Report on sanitation, dispensaries, and jails in Rajputana for 1915, and on vaccination for the year 1915-1916 - 1915-1916
Year: 1915
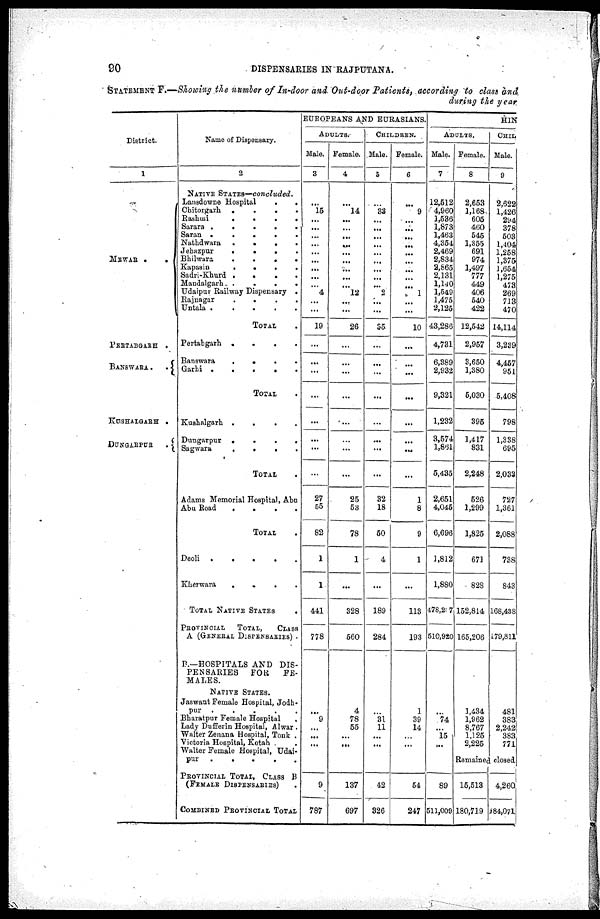
90
DISPENSARIES IN RAJPUTANA.
STATEMENT F.—Showing the number of In-door and Out-door Patients, according to class and
during the year
District.
1
MEWAR
.
.
PERTABGARH .
BANSWARA
. .
KUSHALGARH .
DUNGARPUR
.
Name of Dispensary.
2
NATIVE STATES—concluded.
Lansdowne Hospital
. .
Chitorgarh
.
.
.
.
Rashmi
.
.
.
.
Sarara
.
.
.
.
.
Saran
.
.
.
.
.
Nathdwara
.
.
.
.
Jehazpur
.
.
.
.
Bhilwara
.
.
.
.
Kapasin
.
.
.
.
Sadri-Khurd .
.
.
.
Maudalgarh
.
.
.
.
Udaipur Railway Dispensary .
Rajnagar
.
.
.
.
Untala
.
.
.
.
.
TOTAL .
Pertabgarh
.
.
.
.
Banswara
.
.
.
Garhi
.
.
.
.
.
TOTAL .
Kushalgarh
.
.
.
.
Dungarpur ....
Sagwara
.
.
.
.
TOTAL .
Adams Memorial Hospital, Abu
Abu Road
.
.
.
.
TOTAL .
Deoli
.
.
.
.
.
Kherwara
.
.
.
.
TOTAL NATIVE STATES .
PROVINCIAL
TOTAL,
CLASS
A (GENERAL DISPENSARIES)
P.—HOSPITALS AND DIS-
PENSARIES
FOR
FE-
MALES.
NATIVE STATES.
Jaswant Female Hospital, Jodh¬
pur
.
.
.
.
.
Bharatpur Female Hospital .
Lady Dufferin Hospital, Alwar .
Walter Zenana Hospital, Tonk .
Victoria Hospital, Kotah .
Walter Female Hospital, Udai-
pur
.....
PROVINCIAL TOTAL, CLASS B
(FEMALE DISPENSARIES)
COMBINED PROVINCIAL TOTAL
EUBOPEANS AND EURASIANS.
ADULTS.
Male.
3
...
15
...
...
...
...
...
...
...
...
...
4
...
...
19
...
...
...
...
...
...
...
...
27
65
82
1
1
441
778
...
9
...
...
...
...
9
787
Female.
4
...
14
...
...
...
...
...
...
...
...
...
12
...
...
26
...
...
...
...
...
...
...
...
25
53
78
1
...
328
560
4
78
55
...
...
...
137
697
CHILDREN.
Male.
5
...
33
...
...
...
...
...
...
...
...
...
2
...
...
35
...
...
...
...
...
...
...
...
32
18
50
4
...
189
284
...
31
11
...
...
...
42
326
Female.
6
...
9
...
...
...
...
...
...
...
...
...
1
...
...
10
...
...
...
...
...
...
...
...
1
8
9
1
...
113
193
1
39
14
...
...
...
54
247
HIN
ADULTS.
Male.
7
12,512
4,960
1,536
1,873
1,463
4,354
2,469
2,834
2,865
2,131
1,140
1,549
1,475
2,125
43,286
4,731
6,389
2,932
9,321
1,232
3,574
1,861
5,435
2,651
4,045
6,696
1,812
1,880
478,207
510,920
...
74
...
15
...
...
89
511,009
Female.
8
2,653
1,168
605
460
545
1,355
691
974
1,497
777
449
406
540
422
12,542
2,957
3,650
1,380
5,030
395
1,417
831
2,248
526
1,299
1,825
671
828
152,814
165,206
1,434
1,962
8,767
1,125
2,225
CHIL
Male.
9
2,622
1,426
294
378
503
1,404
1,258
1,375
1,654
1,275
473
269
713
470
14,114
3,239
4,457
951
5,408
798
1,338
695
2,033
727
1,361
2,088
738
843
168,438
179,811
481
383
2,242
383
771
Remained closed
15,513
180,719
4,260.
184,071